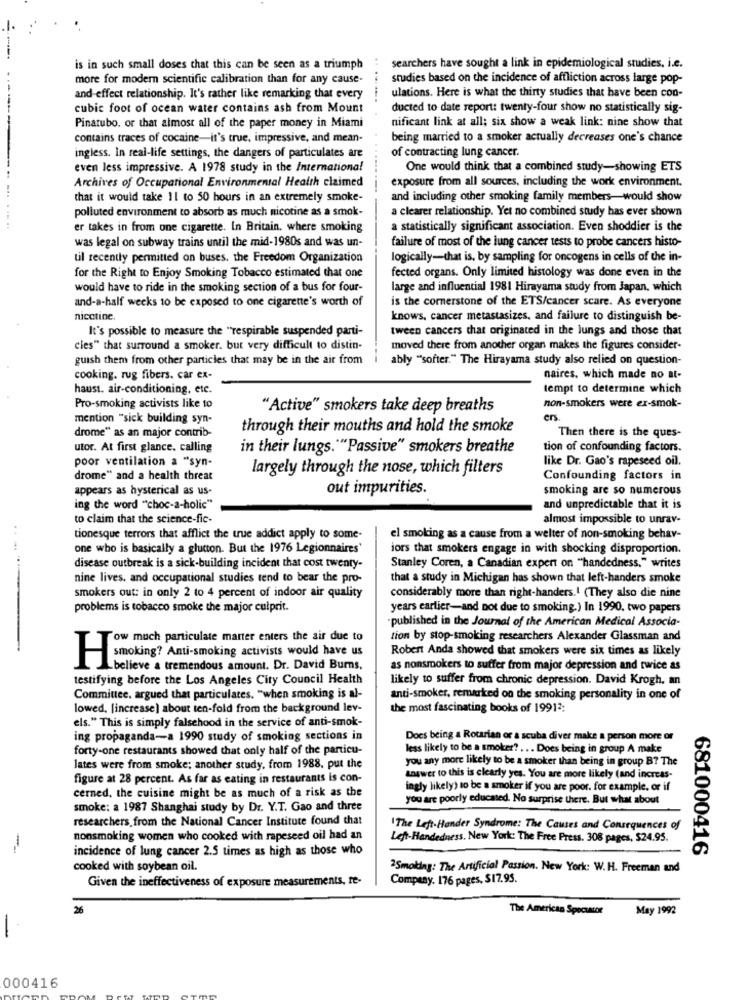
--
is in such small doses that this can be seen as a triumph
searchers have sought a link in epidemiological studies, i.e.
more for modern scientific calibration than for any cause-
studies based on the incidence of affliction across large pop-
ulations. Here is what the thirty studies that have been con-
and-effect relationship. It's rather like remarking that every
cubic foot of ocean water contains ash from Mount
ducted to date report: twenty-four show no statistically sig-
nificant link at all; six show a weak link: nine show that
Pinatubo, or that almost all of the paper money in Miami
contains traces of cocaine-it's true, impressive, and mean-
being married to a smoker actually decreases one's chance
of contracting lung cancer.
ingless. In real-life settings, the dangers of particulates are
even less impressive. A 1978 study in the International
One would think that a combined study-showing ETS
Archives of Occupational Environmental Health claimed
exposure from all sources, including the work environment.
that it would take 11 to 50 hours in an extremely smoke-
and including other smoking family members-would show
polluted environment to absorb as much nicotine as a smok-
a clearer relationship. Yet no combined study has ever shown
-----------
er takes in from one cigarette. In Britain. where smoking
a statistically significant association. Even shoddier is the
was legal on subway trains until the mid-1980s and was un-
failure of most of the lung cancer tests to probe cancers histo-
til recently permitted on buses. the Freedom Organization
logically-that is, by sampling for oncogens in cells of the in-
for the Right to Enjoy Smoking Tobacco estimated that one
fected organs. Only limited histology was done even in the
would have to ride in the smoking section of a bus for four-
large and influential 1981 Hirayama study from Japan, which
and-a-half weeks 10 be exposed to one cigarette's worth of
is the cornerstone of the ETS/cancer scare. As everyone
nicotine.
knows, cancer metastasizes, and failure to distinguish be-
It's possible to measure the "respirable suspended parti-
tween cancers that originated in the lungs and those that
cles" that surround a smoker. but very difficult to distin-
moved there from another organ makes the figures consider-
guish them from other particles that may be in the air from
ably "softer." The Hirayama study also relied on question-
cooking. rug fibers. car ex-
naires, which made no at-
haust. air-conditioning, etc.
tempt to determine which
Pro-smoking activists like to
"Active" smokers take deep breaths
non-smokers were ex-smak-
mention "sick building syn-
ers
through their mouths and hold the smoke
drome" as an major contrib-
Then there is the ques-
utor. At first glance. calling
in their lungs.""Passive" smokers breathe
tion of confounding factors.
poor ventilation a "syn-
like Dr. Gao's rapeseed oil.
largely through the nose, which filters
drome" and a health threat
Confounding factors in
appears as hysterical as us-
out impurities.
smoking are so numerous
ing the word "choc-a-holic"
and unpredictable that it is
to claim that the science-fic-
almost impossible to unrav-
tionesque terrors that afflict the true addict apply to some-
el smoking as a cause from a welter of non-smoking behav-
one who is basically a glutton. But the 1976 Legionnaires
iors that smokers engage in with shocking disproportion.
disease outbreak is a sick-building incident that cost twenty-
Stanley Coren, a Canadian expert on "handedness." writes
nine lives, and occupational studies tend to bear the pro-
that a study in Michigan has shown that left-handers smoke
smokers out: in only 2 to 4 percent of indoor air quality
considerably more than right-handers.1 (They also die nine
problems is tobacco smoke the major culprit.
years earlier-and not due to smoking.) In 1990, two papers
published in the Journal of the American Medical Associa-
Tow much particulate marter enters the air due to
tion by stop-smoking researchers Alexander Glassman and
Robert Anda showed that smokers were six times as likely
smoking? Anti-smoking activists would have us
-believe a tremendous amount. Dr. David Burns.
as nonsmokers to suffer from major depression and twice as
testifying before the Los Angeles City Council Health
likely to suffer from chronic depression. David Krogh, an
Committee, argued that particulates. "when smoking is al-
anti-smoker, remarked on the smoking personality in one of
lowed, [increase) about ten-fold from the background lev-
the most fascinating books of 19912:
els." This is simply falsehood in the service of anti-smok-
ing propaganda-a 1990 study of smoking sections in
Does being a Rotarian or a scuba diver make a person more or
forty-one restaurants showed that only half of the particu-
less likely to be a smoker? ... Does being in group A make
you any more likely to be a smoker than being in group B? The
lates were from smoke; another study, from 1988, put the
figure at 28 percent. As far as eating in restaurants is con-
answer to this is clearly yes. You are more likely (and increas-
ingly likely) to be a smoker if you are poor. for example, or if
cerned, the cuisine might be as much of a risk as the
you are poorly educated. No surprise there. But what about
smoke: a 1987 Shanghai study by Dr. Y.T. Gao and three
researchers from the National Cancer Institute found that
The Left-Hander Syndrome: The Causes and Consequences of
nonsmoking women who cooked with rapeseed oil had an
Left-Handedness. New York: The Free Press. 308 pages, $24.95.
incidence of lung cancer 2.5 times as high as those who
681000416
cooked with soybean oil.
2Smoking: The Artificial Passion. New York: W. H. Freeman and
Given the ineffectiveness of exposure measurements, re-
Company. 176 pages, $17.95.
26
The American Spectator
May 1992
-
000416